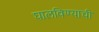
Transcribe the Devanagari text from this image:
घालविण्याची